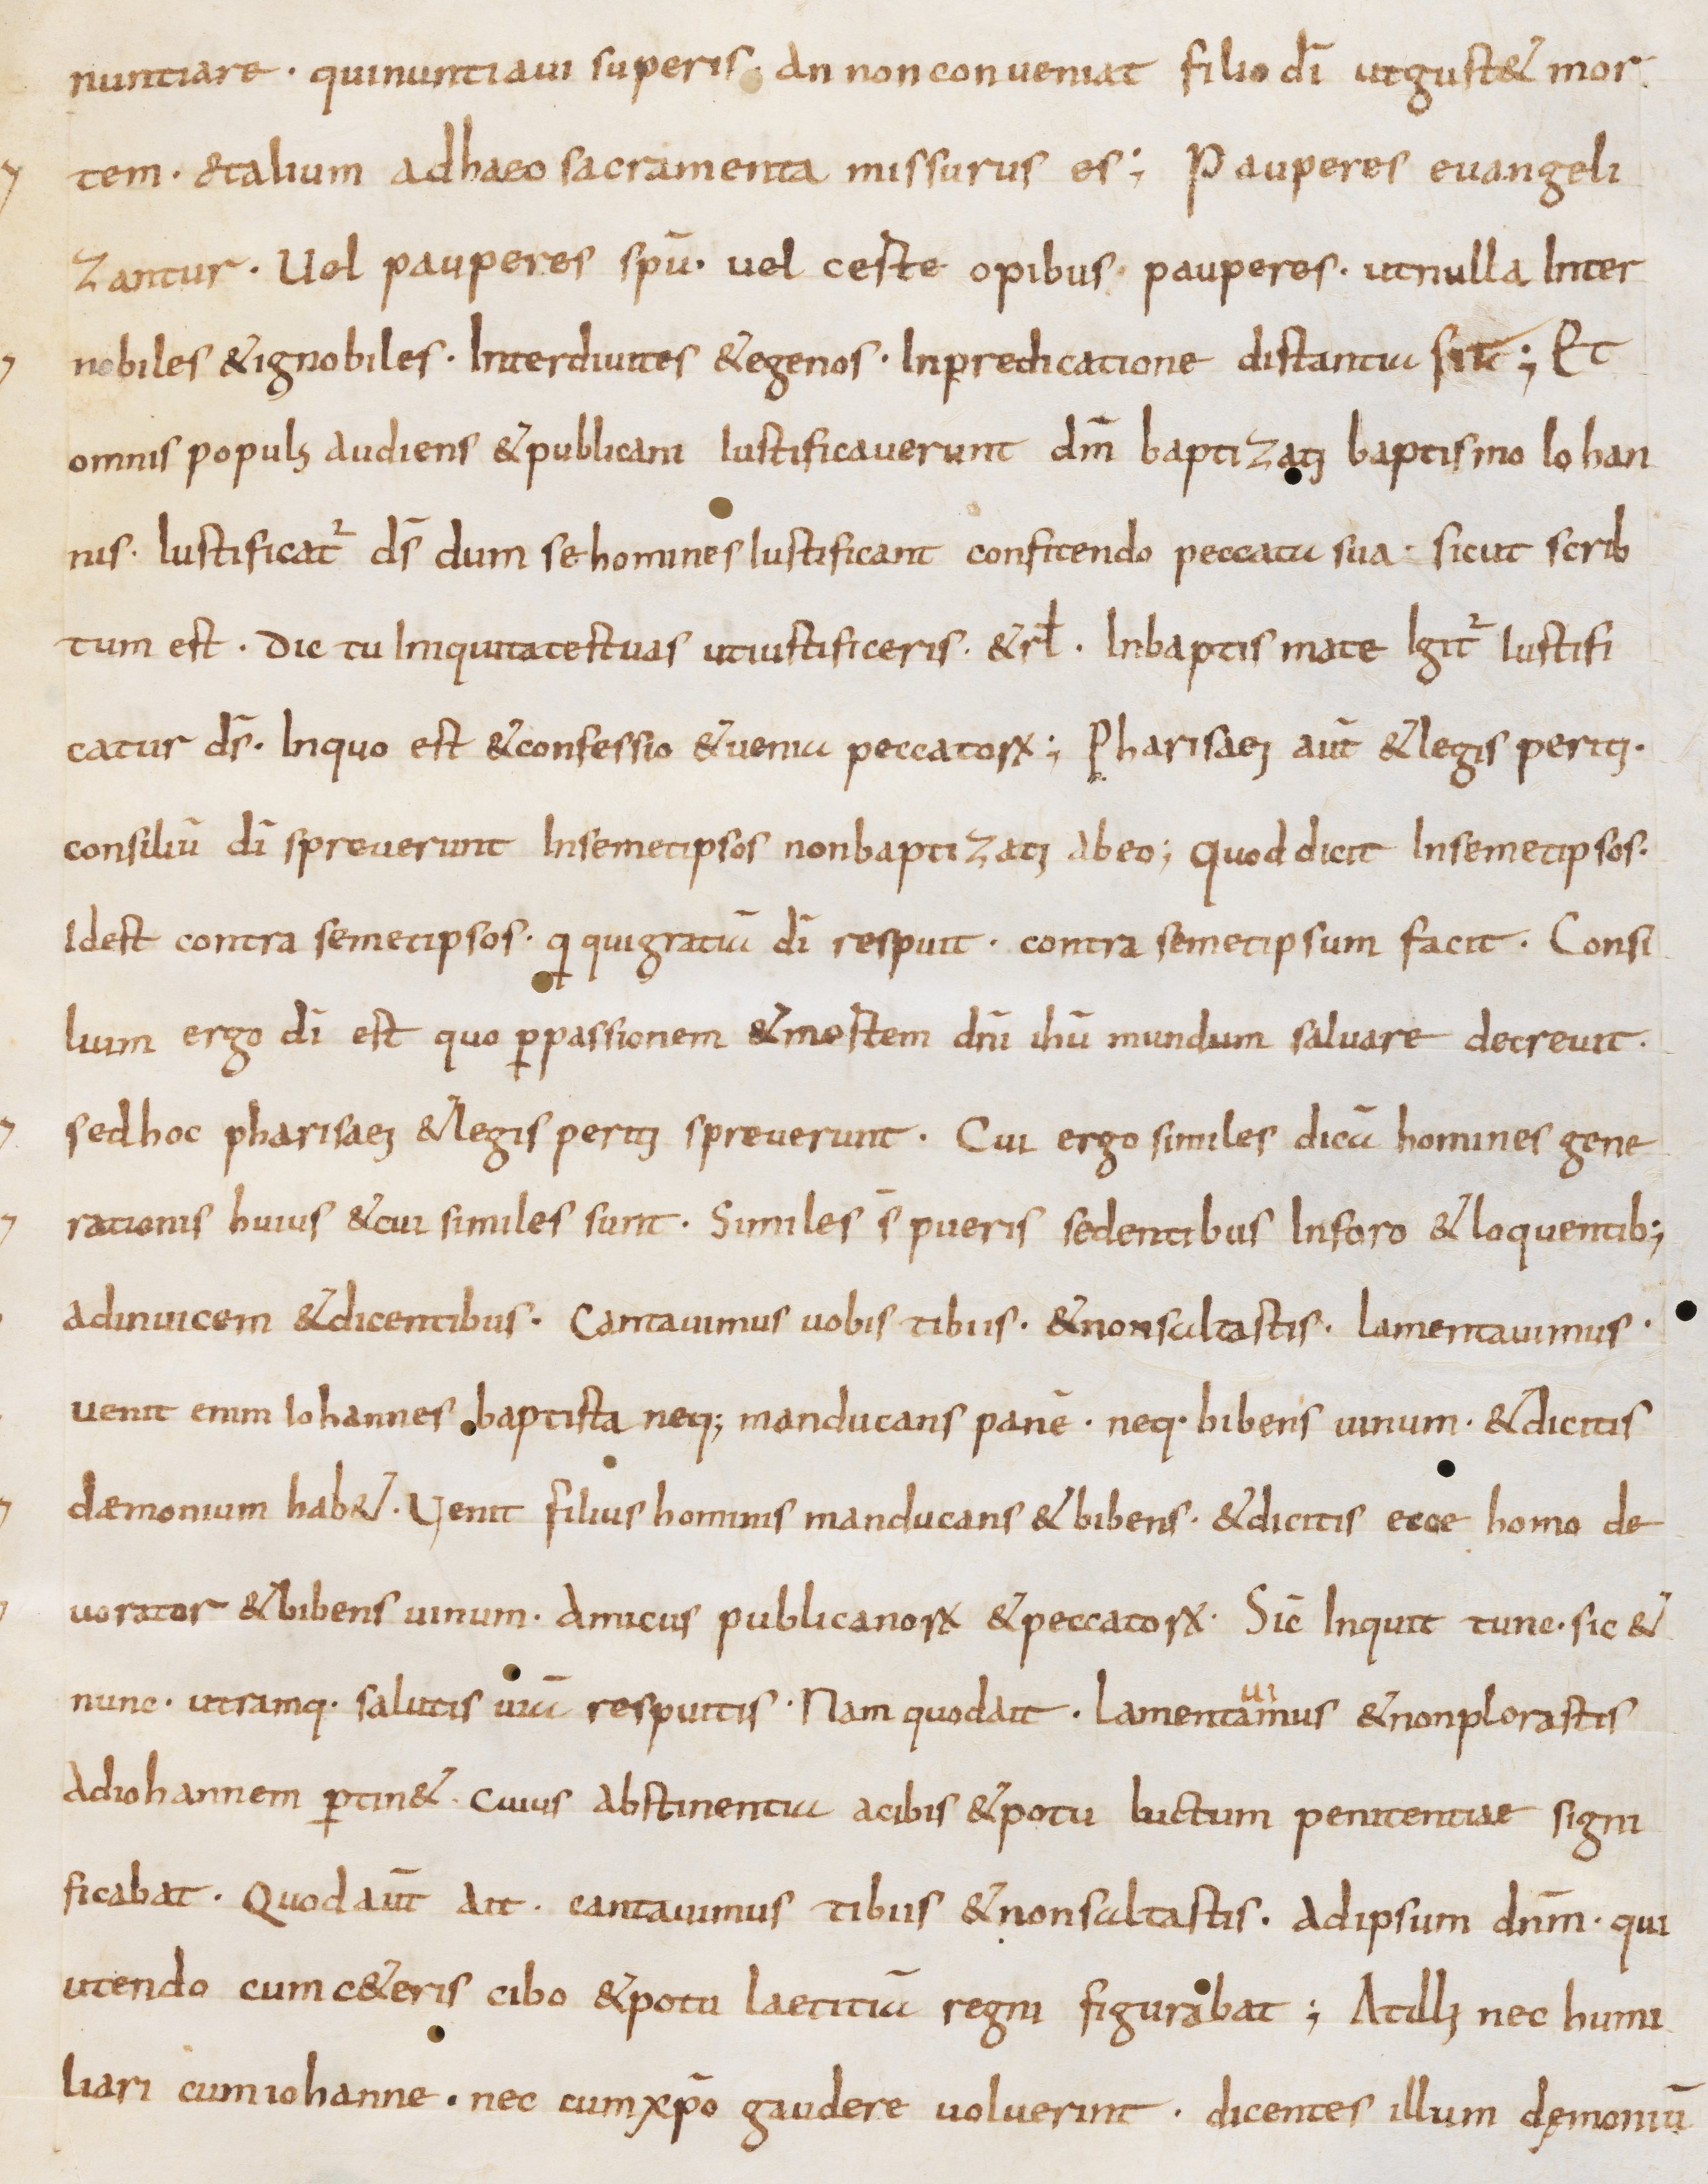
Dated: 800–1399